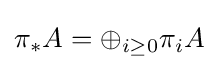
\pi _{*}A=\oplus _{i\geq 0}\pi _{i}A